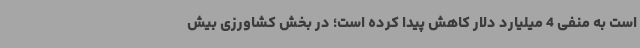
است به منفی 4 میلیارد دلار کاهش پیدا کرده است؛ در بخش کشاورزی بیش